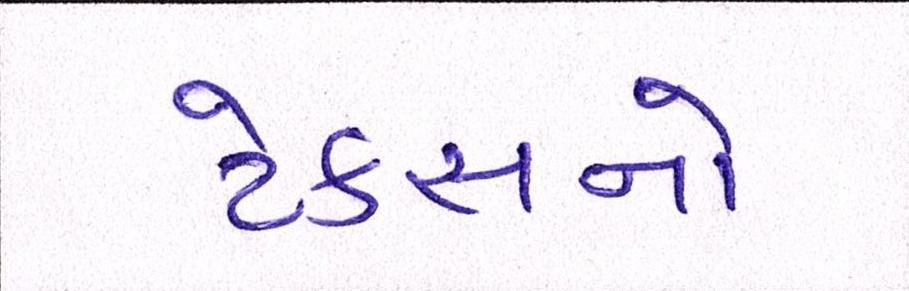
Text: ટેક્સનો